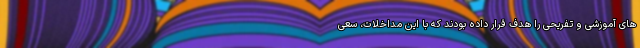
های آموزشی و تفریحی را هدف قرار داده بودند که با این مداخلات، سعی